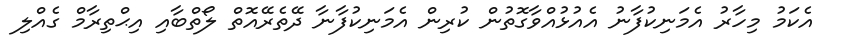
އެކަމު މިހާރު އެމަނިކުފާނު އެއުޅުއްވާގޮތުން ކުރިން އެމަނިކުފާނާ ދޭތެރޭއޮތް ލޯތްބާއި އިޙްތިރާމް ގެއްލި